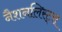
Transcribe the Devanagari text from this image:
नैशनलिस्ट्स